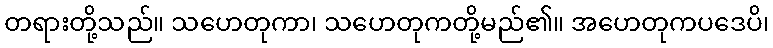
တရားတို့သည်။ သဟေတုကာ၊ သဟေတုကတို့မည်၏။ အဟေတုကပဒေပိ၊